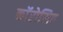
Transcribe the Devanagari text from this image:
काॅरोसिव